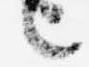
言